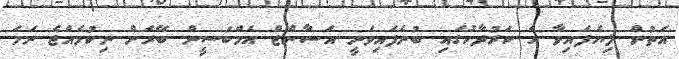
އަތުން ލިޔެފައިވާ އެ ކަރުދާހުގައި ބުނެފައިވަނީ އަސާންޖް އެމްބަސީން ބޭރަށް ނިކުމެއްޖެ ނަމަ